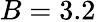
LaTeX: B=3.2